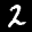
Label: 2